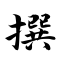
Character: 撰